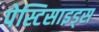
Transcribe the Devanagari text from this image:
पेस्टिसाइड्स